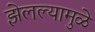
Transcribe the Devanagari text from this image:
झेलल्यामुळे